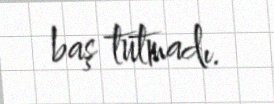
baş tutmadı.